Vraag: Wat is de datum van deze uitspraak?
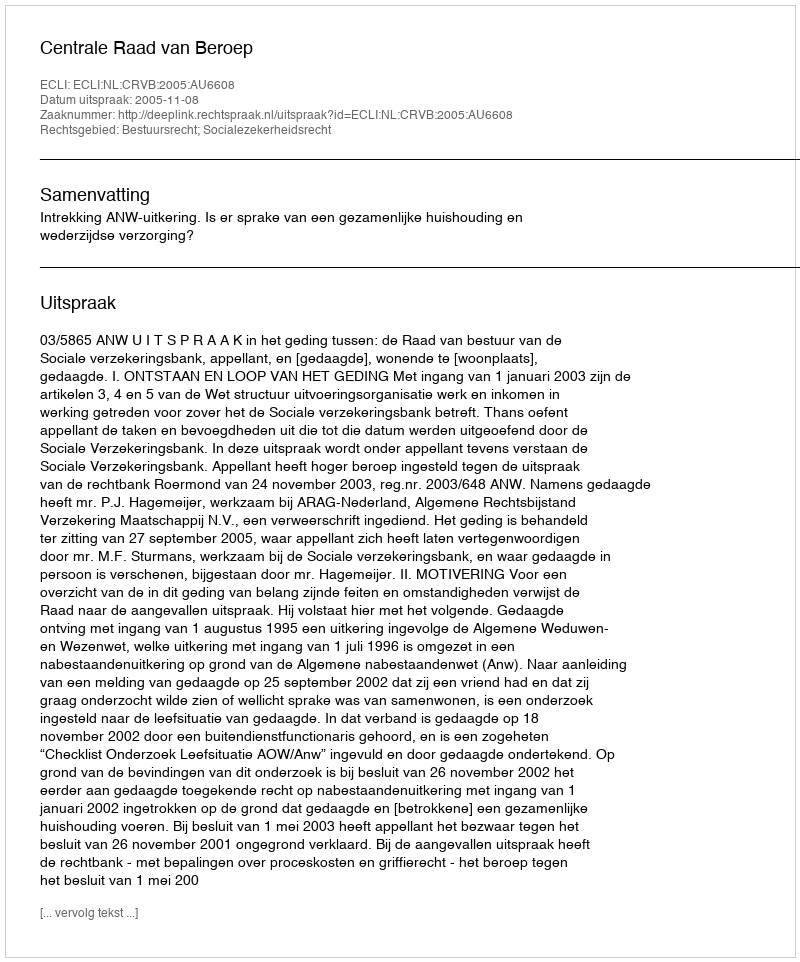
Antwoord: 2005-11-08